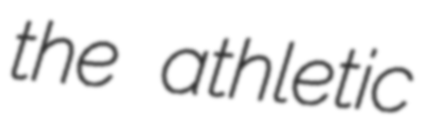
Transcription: the athletic